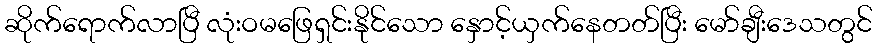
ဆိုက်ရောက်လာပြီ လုံးဝမဖြေရှင်းနိုင်သော နှောင့်ယှက်နေတတ်ပြီး မော်ချီးဒေသတွင်